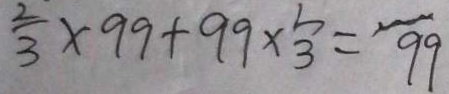
\frac { 2 } { 3 } \times 9 9 + 9 9 \times \frac { 3 } { 3 } = 9 9